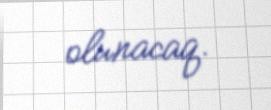
olunacaq.